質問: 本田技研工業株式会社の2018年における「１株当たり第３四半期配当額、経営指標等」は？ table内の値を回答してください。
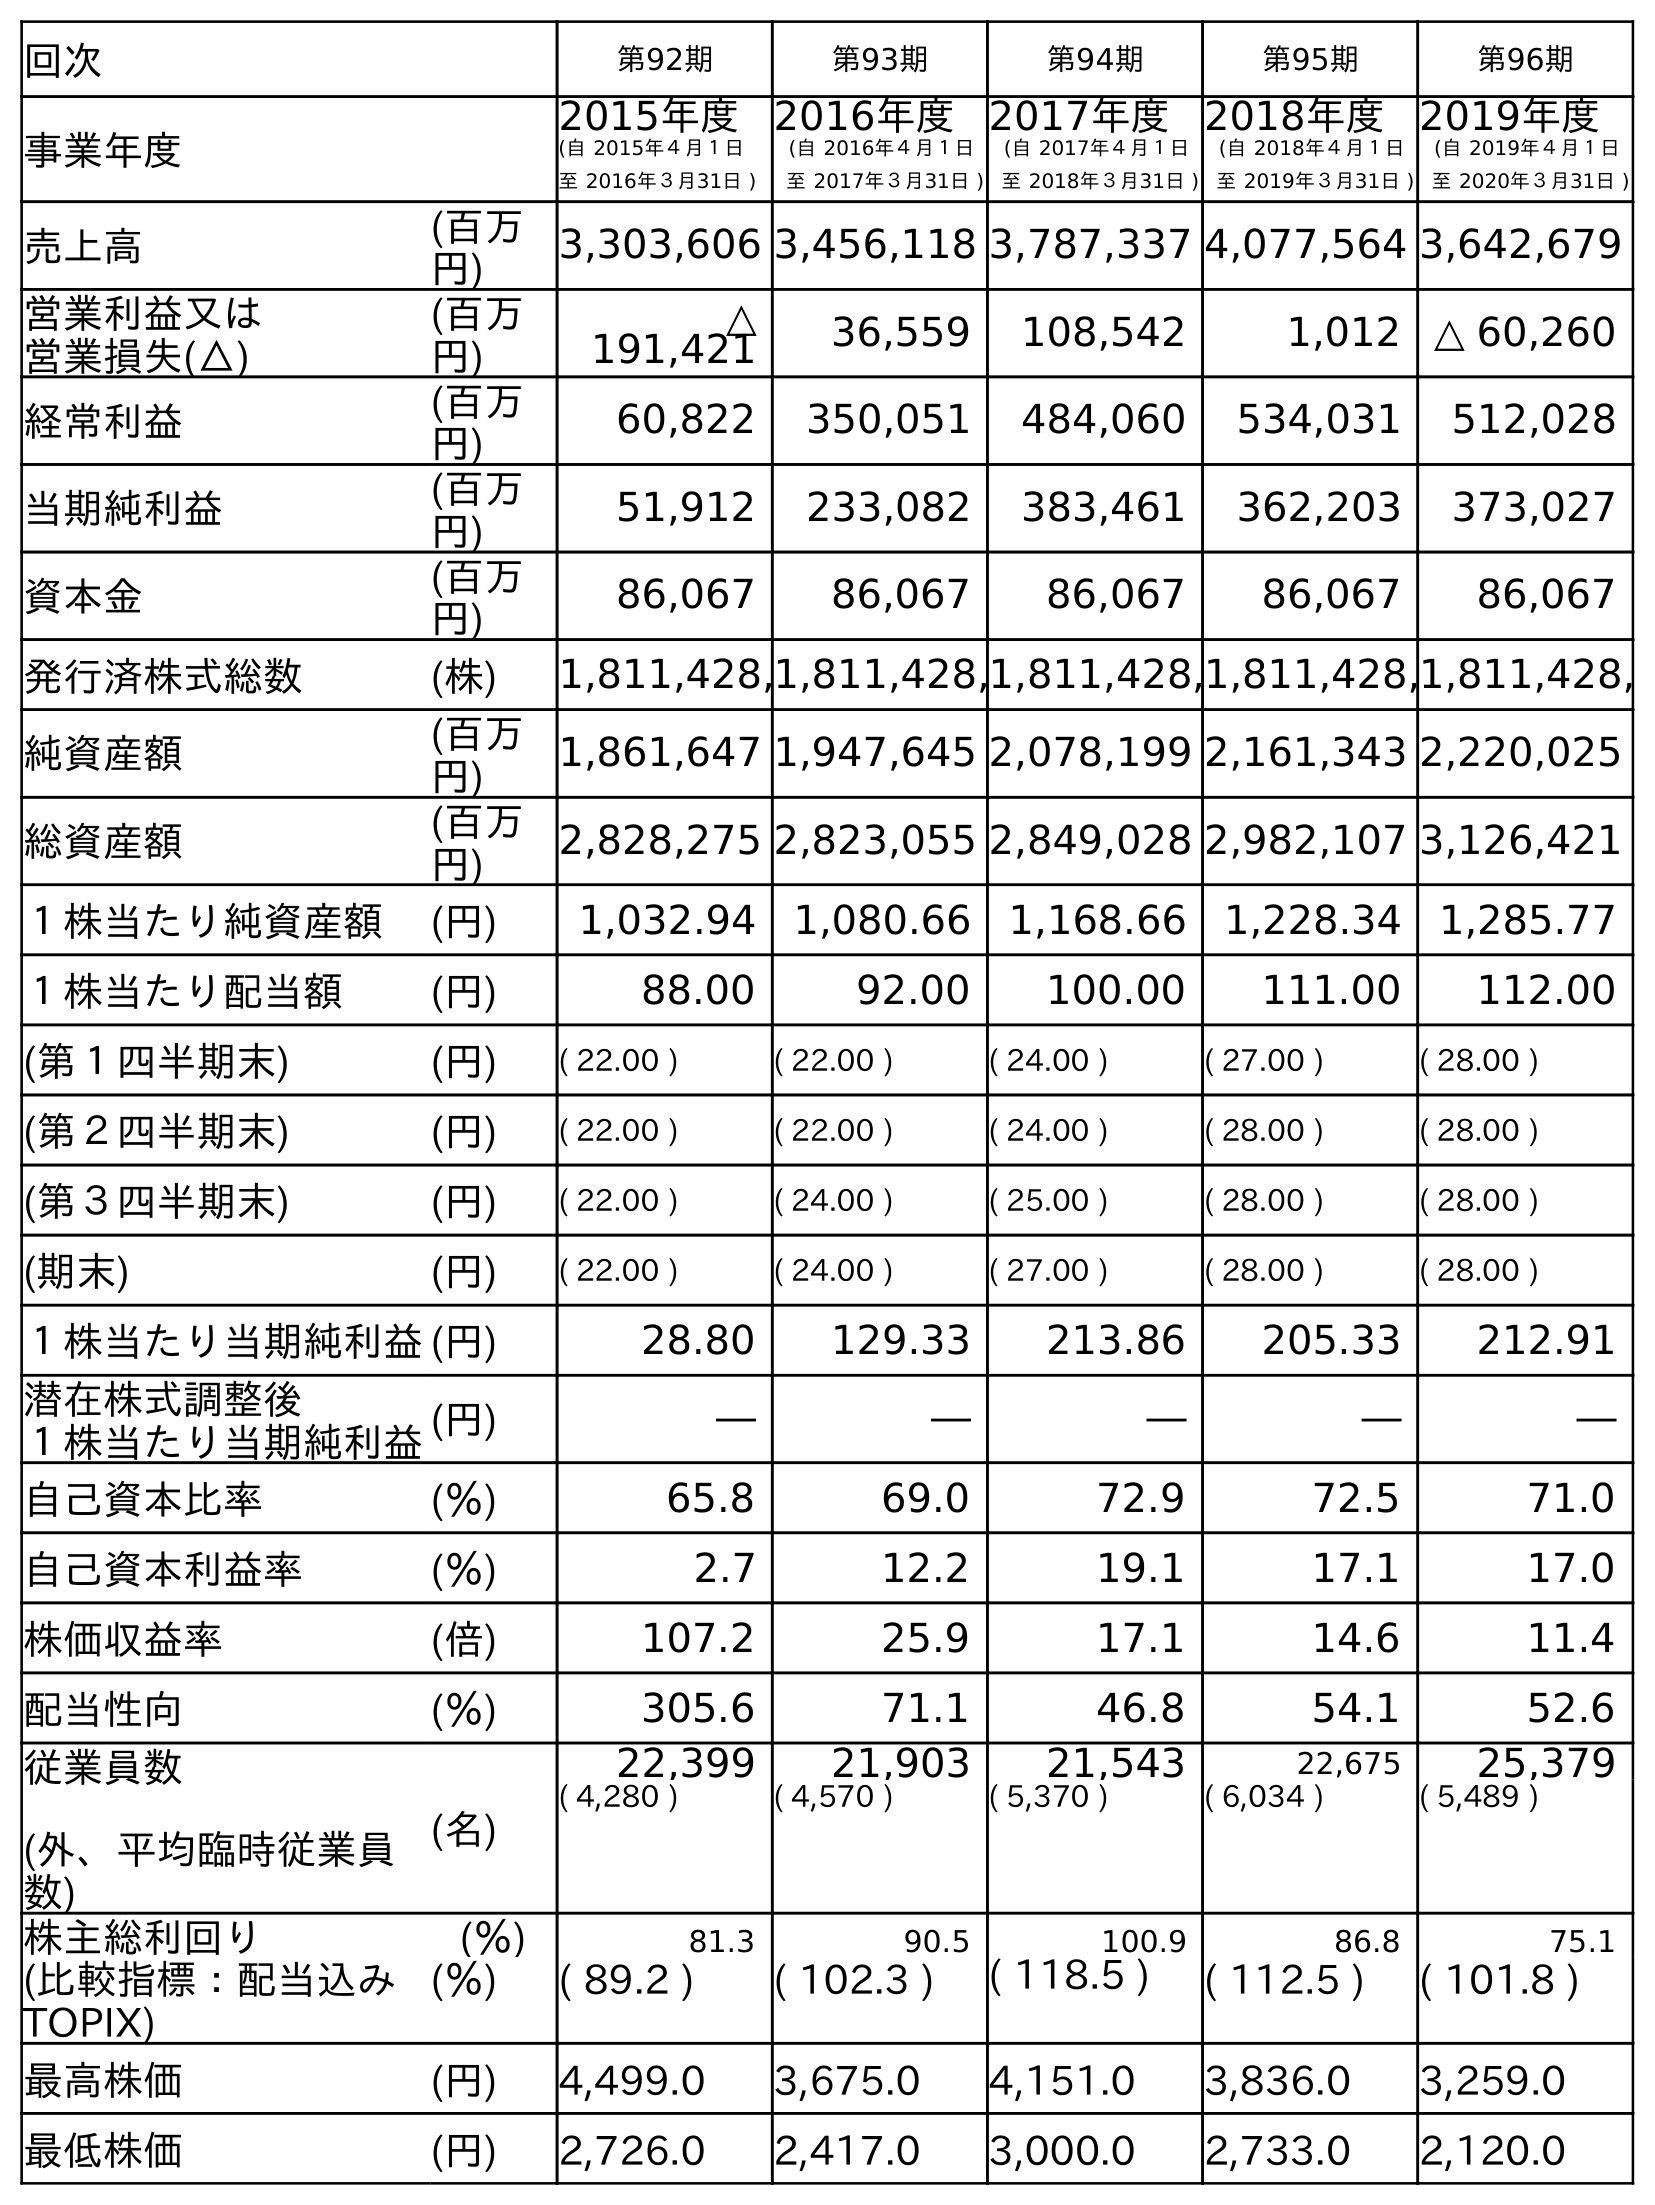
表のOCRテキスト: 回次 第92期 第93期 第94期 第95期 第96期 事業年度 2015年度 (自 2015年４月１日 至 2016年３月31日 ) 2016年度 (自 2016年４月１日 至 2017年３月31日 ) 2017年度 (自 2017年４月１日 至 2018年３月31日 ) 2018年度 (自 2018年４月１日 至 2019年３月31日 ) 2019年度 (自 2019年４月１日 至 2020年３月31日 ) 売上高 (百万 円) 3,303,606 3,456,118 3,787,337 4,077,564 3,642,679 営業利益又は 営業損失(△) (百万 円) △ 191,421 36,559 108,542 1,012 △ 60,260 経常利益 (百万 円) 60,822 350,051 484,060 534,031 512,028 当期純利益 (百万 円) 51,912 233,082 383,461 362,203 373,027 資本金 (百万 円) 86,067 86,067 86,067 86,067 86,067 発行済株式総数 (株) 1,811,428,1,811,428,1,811,428,1,811,428,1,811,428, 純資産額 (百万 円) 1,861,647 1,947,645 2,078,199 2,161,343 2,220,025 総資産額 (百万 円) 2,828,275 2,823,055 2,849,028 2,982,107 3,126,421 １株当たり純資産額 (円) 1,032.94 1,080.66 1,168.66 1,228.34 1,285.77 １株当たり配当額 (円) 88.00 92.00 100.00 111.00 112.00 (第１四半期末) (円) ( 22.00 ) ( 22.00 ) ( 24.00 ) ( 27.00 ) ( 28.00 ) (第２四半期末) (円) ( 22.00 ) ( 22.00 ) ( 24.00 ) ( 28.00 ) ( 28.00 ) (第３四半期末) (円) ( 22.00 ) ( 24.00 ) ( 25.00 ) ( 28.00 ) ( 28.00 ) (期末) (円) ( 22.00 ) ( 24.00 ) ( 27.00 ) ( 28.00 ) ( 28.00 ) １株当たり当期純利益(円) 28.80 129.33 213.86 205.33 212.91 潜在株式調整後 １株当たり当期純利益(円) ― ― ― ― ― 自己資本比率 (％) 65.8 69.0 72.9 72.5 71.0 自己資本利益率 (％) 2.7 12.2 19.1 17.1 17.0 株価収益率 (倍) 107.2 25.9 17.1 14.6 11.4 配当性向 (％) 305.6 71.1 46.8 54.1 52.6 従業員数 (外、平均臨時従業員 数) (名) 22,399 21,903 21,543 22,675 25,379 ( 4,280 ) ( 4,570 ) ( 5,370 ) ( 6,034 ) ( 5,489 ) 株主総利回り (％) 81.3 90.5 100.9 86.8 75.1 (比較指標：配当込み TOPIX) (％) ( 89.2 ) ( 102.3 ) ( 118.5 ) ( 112.5 ) ( 101.8 ) 最高株価 (円) 4,499.0 3,675.0 4,151.0 3,836.0 3,259.0 最低株価 (円) 2,726.0 2,417.0 3,000.0 2,733.0 2,120.0
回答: (25.00)